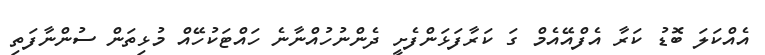
އެއްކަލަ ބޮޑު ކަރާ އެފްއޭއެމް ގަ ކަރާފަޅަންފެށީ ދެންނުހުއްނާނެ ހައްޓަކުހޭއް މުޅިތަން ސުންނާފަތި